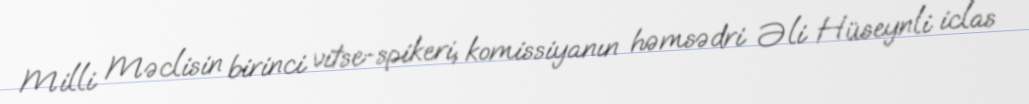
Milli Məclisin birinci vitse-spikeri, komissiyanın həmsədri Əli Hüseynli iclas